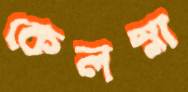
কেলস্না